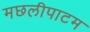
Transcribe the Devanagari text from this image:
मछलीपाटम